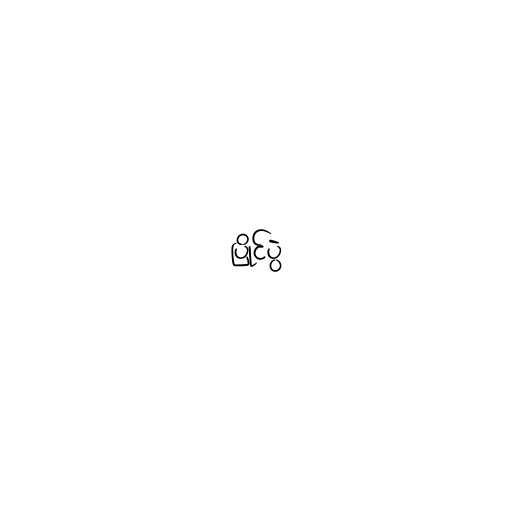
ပြိုင်ပွဲ